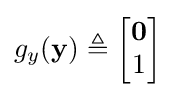
g_{y}(\mathbf {y} )\triangleq {\begin{bmatrix}\mathbf {0} \\1\end{bmatrix}}